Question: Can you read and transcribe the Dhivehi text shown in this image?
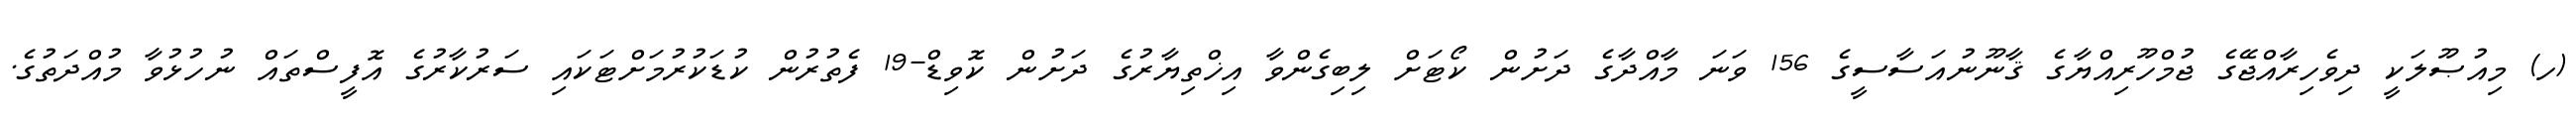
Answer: (ހ) މިއުޞޫލަކީ ދިވެހިރާއްޖޭގެ ޖުމްހޫރިއްޔާގެ ޤާނޫނުއަސާސީގެ 156 ވަނަ މާއްދާގެ ދަށުން ކޯޓަށް ލިބިގެންވާ އިޚްތިޔާރުގެ ދަށުން ކޮވިޑް-19 ފެތުރުން ކުޑަކުރުމަށްޓަކައި ސަރުކާރުގެ އޮފީސްތައް ނުހުޅުވާ މުއްދަތުގެ.